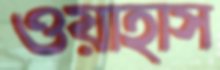
ওয়াহাস